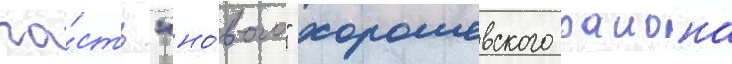
ча́сть "но́вого" хорошевского раиона